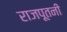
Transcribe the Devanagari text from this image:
राजपूतनी